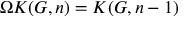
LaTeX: \Omega K ( G , n ) = K ( G , n - 1 )